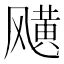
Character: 𩙯